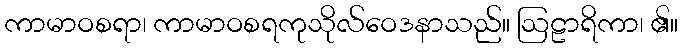
ကာမာဝစရာ၊ ကာမာဝစရကုသိုလ်ဝေဒနာသည်။ ဩဠာရိကာ၊ ၏။